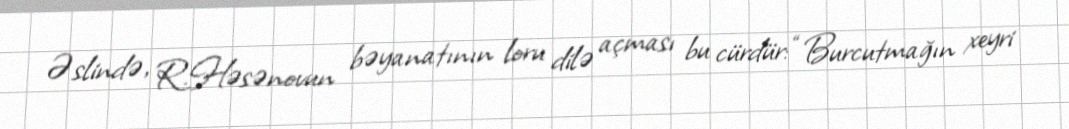
Əslində, R.Həsənovun bəyanatının loru dilə açması bu cürdür: “Burcutmağın xeyri